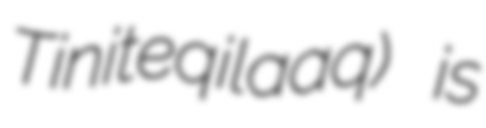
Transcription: Tiniteqilaaq) is